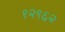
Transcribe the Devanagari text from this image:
१२९६२